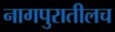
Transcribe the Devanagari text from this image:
नागपुरातीलच